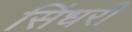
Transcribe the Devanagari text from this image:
सिंधरी